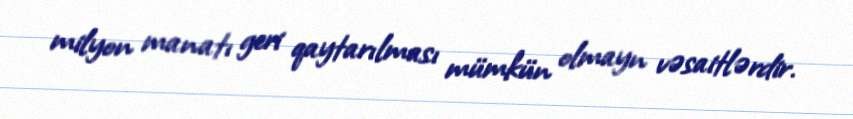
milyon manatı geri qaytarılması mümkün olmayn vəsaitlərdir.